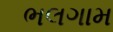
ભલગામ